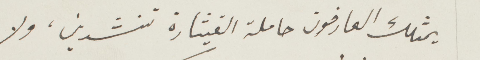
يمثلك العارفون حاملة القيثارة تنشدين، ولا